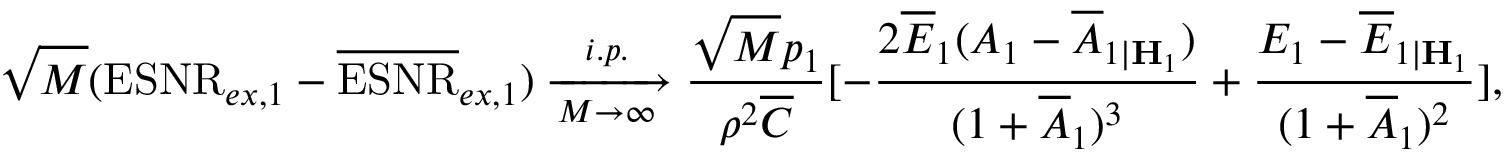
\sqrt { M } ( \mathrm { E S N R } _ { e x , 1 } - \overline { { \mathrm { E S N R } } } _ { e x , 1 } ) \xrightarrow [ M \rightarrow \infty ] { i . p . } \frac { \sqrt { M } p _ { 1 } } { \rho ^ { 2 } \overline { { C } } } [ - \frac { 2 \overline { { E } } _ { 1 } ( A _ { 1 } - \overline { { A } } _ { 1 | { \mathbf { H } } _ { 1 } } ) } { ( 1 + \overline { { A } } _ { 1 } ) ^ { 3 } } + \frac { E _ { 1 } - \overline { { E } } _ { 1 | { \mathbf { H } } _ { 1 } } } { ( 1 + \overline { { A } } _ { 1 } ) ^ { 2 } } ] ,